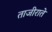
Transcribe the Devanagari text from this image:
ताजीराते